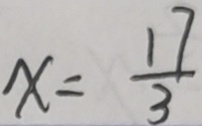
x = \frac { 1 7 } { 3 }